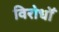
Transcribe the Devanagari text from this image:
विरोधोँ